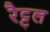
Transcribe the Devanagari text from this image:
रैट्टल